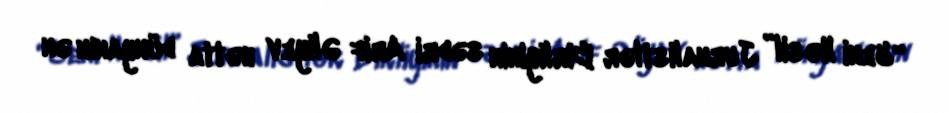
“Yeni Nəsil” Jurnalistlər Birliyinin sədri Arif Əliyev hətta dünyanın ən